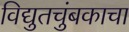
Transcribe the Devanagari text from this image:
विद्युतचुंबकाचा